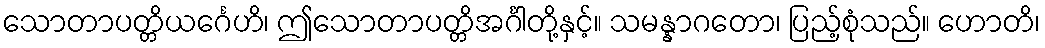
သောတာပတ္တိယင်္ဂေဟိ၊ ဤသောတာပတ္တိအင်္ဂါတို့နှင့်။ သမန္နာဂတော၊ ပြည့်စုံသည်။ ဟောတိ၊